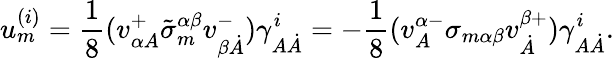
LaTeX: u_{m}^{(i)}=\frac 18(v_{\alpha A}^{+}\tilde{\sigma}_{m}^{\alpha\beta}v_{\beta\dot{A}}^{-})\gamma_{A\dot{A}}^{i}=-\frac 18(v_{A}^{\alpha-}\sigma_{m\alpha\beta}v_{\dot{A}}^{\beta+})\gamma_{A\dot{A}}^{i}.